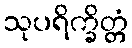
သုပရိက္ခိတ္တံ